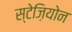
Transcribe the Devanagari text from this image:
स्टेज़ियोन